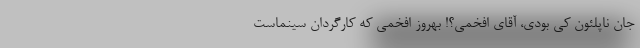
جان ناپلئون کی بودی، آقای افخمی؟! بهروز افخمی که کارگردان سینماست